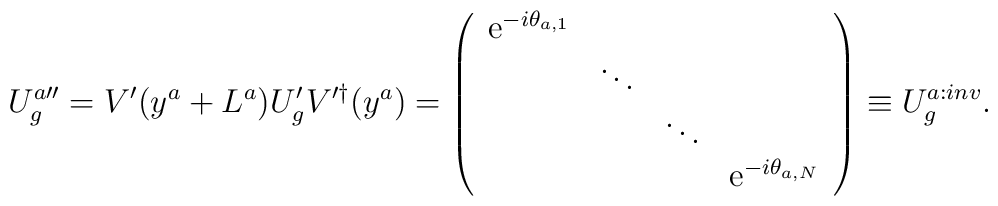
U_{g}^{a\prime\prime}=V^{\prime}(y^a+L^a)U_{g}^{\prime} V^{\prime\dagger}(y^a)=\left(\begin{array}{cccc}{\rm e}^{-i\theta_{a, 1}}& & & \\& \ddots & & \\& & \ddots & \\& & & {\rm e}^{-i\theta_{a, N}}\end{array}\right)\equiv U_{g}^{a:inv}.